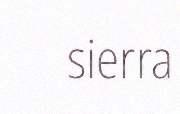
sierra